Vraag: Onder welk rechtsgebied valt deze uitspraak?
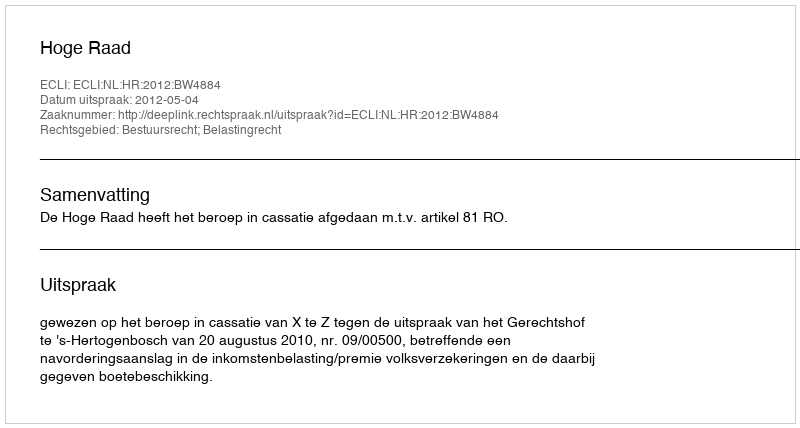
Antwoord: Bestuursrecht; Belastingrecht